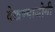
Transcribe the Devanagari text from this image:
देखण्याजोगी